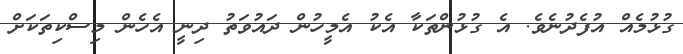
ގުޅުމެއް އުފެދުނެވެ. އެ ގުޅުންތަކާ އެކު އެމީހުން ދައުވަތު ދިނީ އެހެން މިސްކިތަކަށް